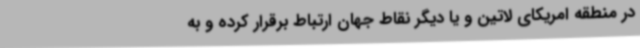
در منطقه امریکای لاتین و یا دیگر نقاط جهان ارتباط برقرار کرده و به